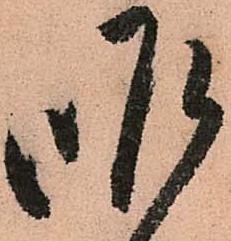
昨